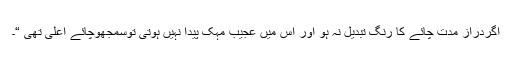
اگردراز مدت چائے کا رنگ تبدیل نہ ہو اور اس میں عجیب مہک پیدا نہیں ہوتی توسمجھوچائے اعلیٰ تھی “۔